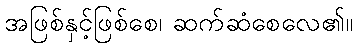
အဖြစ်နှင့်ဖြစ်စေ၊ ဆက်ဆံစေလေ၏။